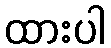
ထားပါ